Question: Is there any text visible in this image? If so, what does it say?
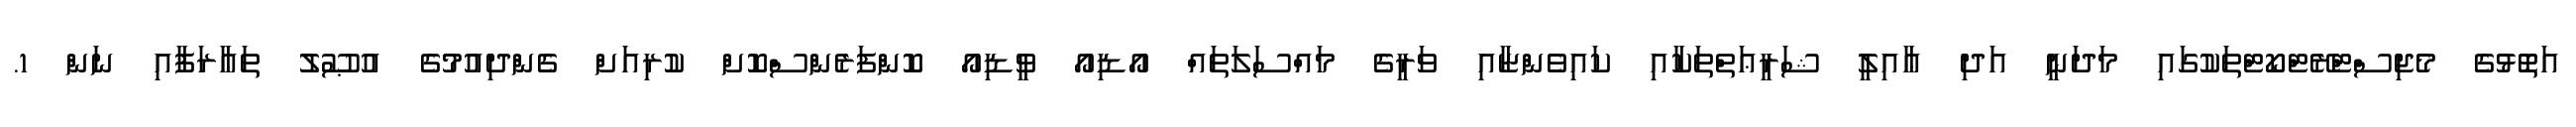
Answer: އަތޮޅުގެ މެޖިސްޓްރޭޓްކޯޓްތަކުގައި މަދަނީ އަދި ޢާއިލީ ޝަރީޢަތްތަކާއި ކައިވެންޏާއި ވަރީގެ މައްސަލަތައް އޯޑިއޯ ވީޑިއޯ ކޮންފަރެންސްކޮށް ކުރިއަށް ގެންދިއުމުގެ އުޞޫލު ތަޢާރަފާއި ނަން 1.